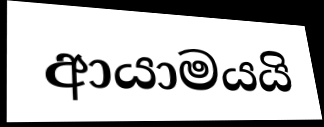
ආයාමයයි